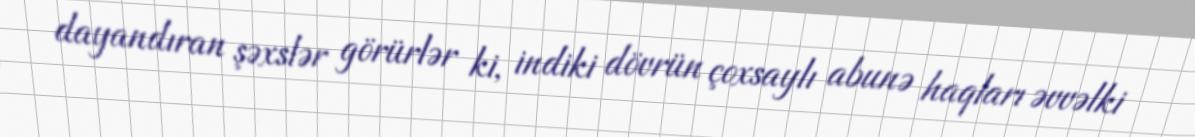
dayandıran şəxslər görürlər ki, indiki dövrün çoxsaylı abunə haqları əvvəlki